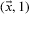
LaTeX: ( { \vec { x } } , 1 )